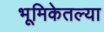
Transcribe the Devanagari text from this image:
भूमिकेतल्या